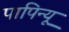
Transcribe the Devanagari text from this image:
पापिन्यू